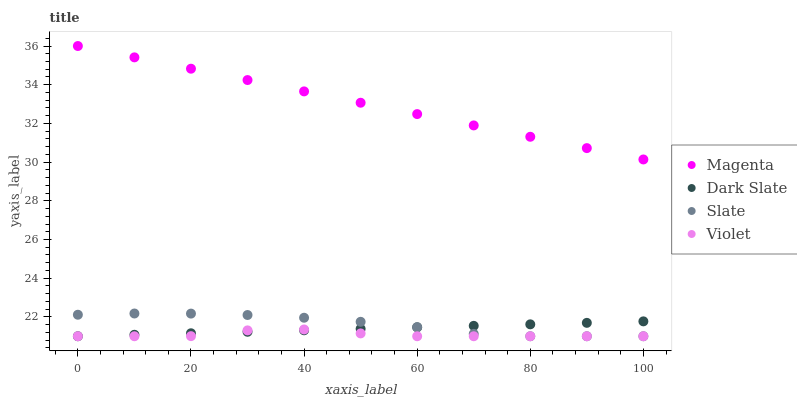
| xaxis_label | Magenta | Dark Slate | Slate | Violet |
 | --- | --- | --- | --- | --- |
 | 0 | 36 | 21 | 22.1 | 21 |
 | 10 | 35.4 | 21.1 | 22.2 | 21 |
 | 20 | 34.8 | 21.2 | 22.2 | 21 |
 | 30 | 34.2 | 21.2 | 22.1 | 21.3 |
 | 40 | 33.7 | 21.3 | 22 | 21.4 |
 | 50 | 33.1 | 21.4 | 21.7 | 21.1 |
 | 60 | 32.5 | 21.5 | 21.5 | 21 |
 | 70 | 31.9 | 21.5 | 21.1 | 21 |
 | 80 | 31.3 | 21.6 | 21 | 21 |
 | 90 | 30.7 | 21.7 | 21 | 21 |
 | 100 | 30.1 | 21.8 | 21 | 21 |